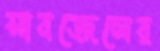
সাবজেলের